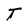
Character: T